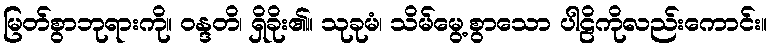
မြတ်စွာဘုရားကို။ ဝန္ဒတိ၊ ရှိခိုး၏။ သုခုမံ၊ သိမ်မွေ့စွာသော ပါဠိကိုလည်းကောင်း။